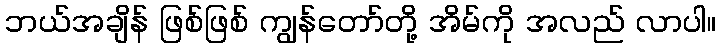
ဘယ်အချိန် ဖြစ်ဖြစ် ကျွန်တော်တို့ အိမ်ကို အလည် လာပါ။